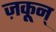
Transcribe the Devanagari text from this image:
ज़कून्